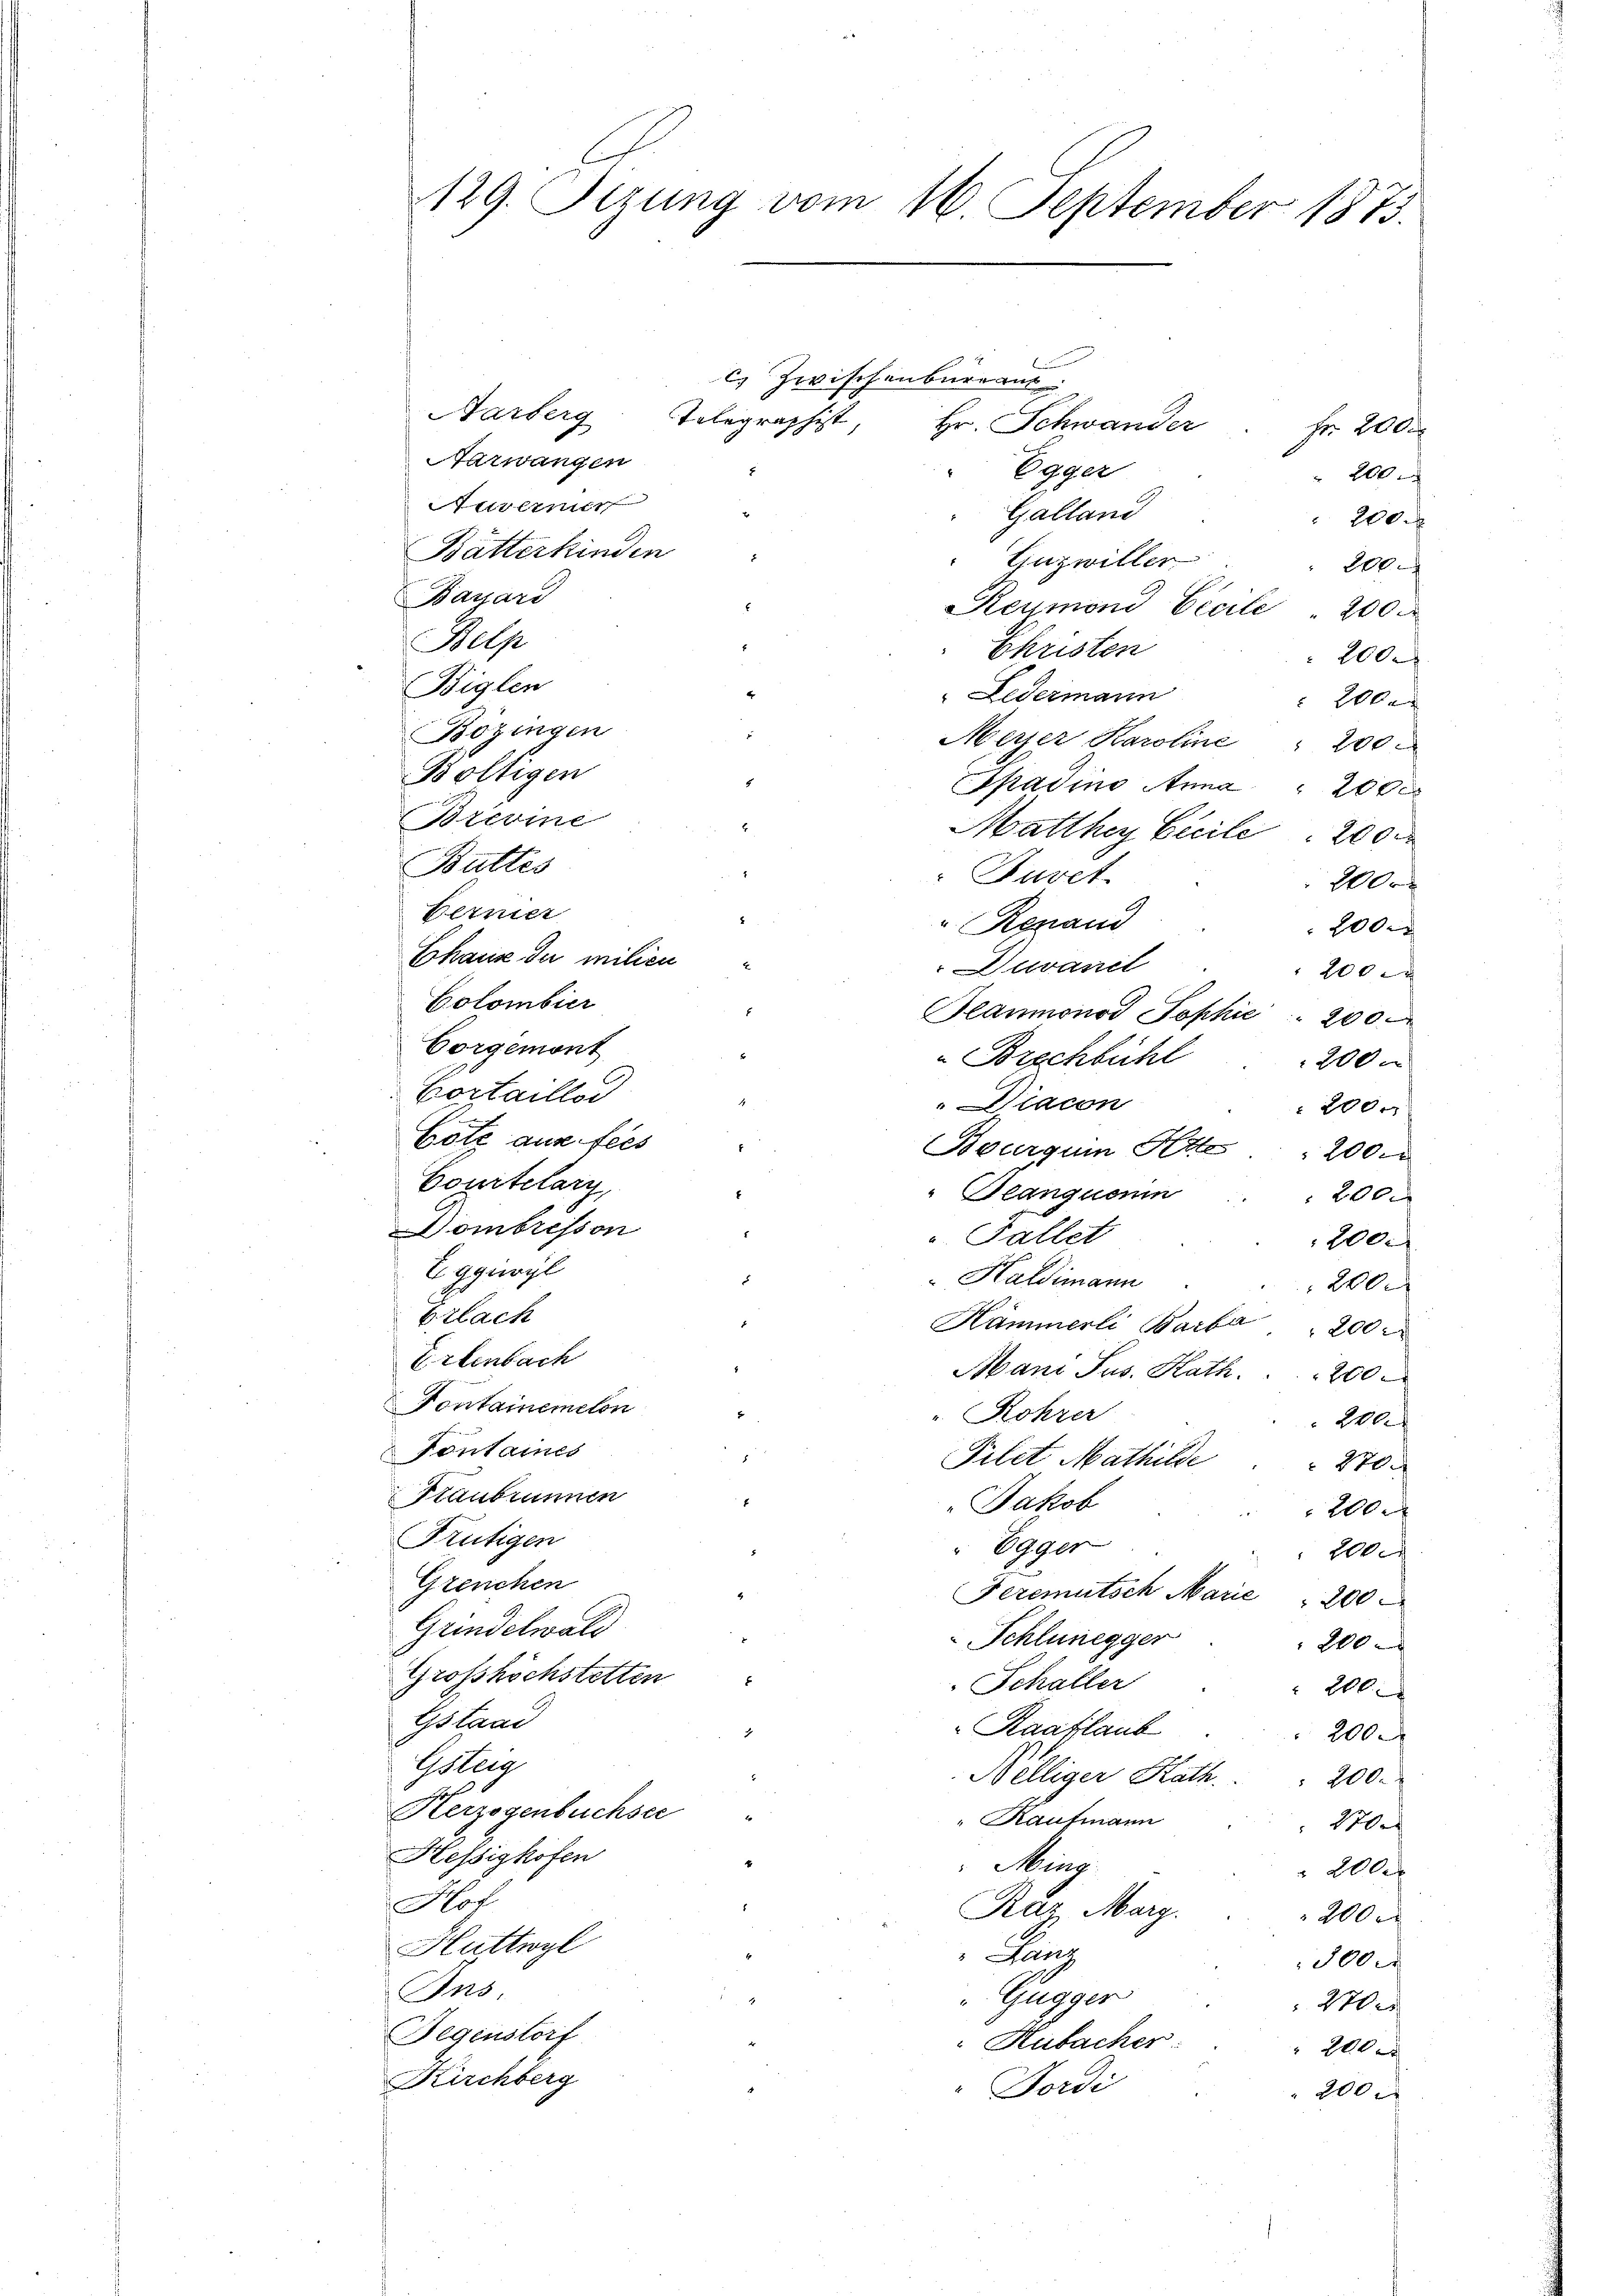
C
129. Sezung vom 16. September 1873.

C. Zwischenbureaut
Aarberg, Telegraphist, Hr. Schwander
Aarwangen
Egger
tit einer
Galland
Bätterkinden
Guzwiller
Bassari
Reymond Cicile 200
Welse
Christen
Biglen
Ledermann
Bözingen
Merer Karoline " 200
Boltigen
Epadine Anna 200 x
Brevine
Matthey Cicile 200
Buttes
Favet
Berner
" Renand
2000
Chause du milien
Duvanil
100
Colombier
laumonat Sophie 200
Corgemont
Brechbühl
200
Bortaillor
Diacon
200x
Cote aus fes
Bourgum Kette 200
Courtelary,
Seanquenin
200.
Dombresson
 Fallet
200.
Eggiwil
Haldimann
5
20
Brlach
.
Hämmerli Barba 200
Erlenbach
Mani Sus. Kath.   200
Pontairemeten
" Rohrer
Haf
Fontaines
Pilet Mathilde
 270.
Staubrunnen
Jakob
200
Frutigen
Egger
200
Greuchen
Feremutsch Marie " 200
Grindelwald
Schlunegger
200
Grosshöchstetten
Schaller
dle
Gstaat
Raaflaub
200
Gsteig
Welliger Kath. . . 200.
Herzogenbuchsee
Raufmann
100.
Hessigkofen
Ming
 200
Nof.
Rat Marg.
200
Huttwyl
Kanz
300
Ins.
Gugger
270 x
Gegenstorf
Hubacher
20xx
Kirchberg
Fordi
200

Fr. 200.
Elle
200. f
d
200.
 2000
Or